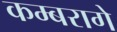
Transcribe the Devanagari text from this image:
कम्बरागे